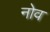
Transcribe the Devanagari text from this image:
नोव